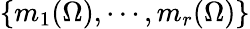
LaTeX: \{ m_{1}(\Omega),\cdots,m_{r}(\Omega)\}